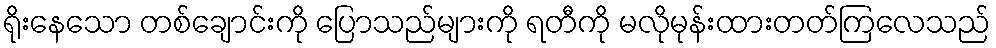
ရိုးနေသော တစ်ချောင်းကို ပြောသည်များကို ရတီကို မလိုမုန်းထားတတ်ကြလေသည်